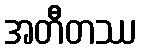
အတီတဿ